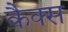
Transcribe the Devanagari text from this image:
कैक्स